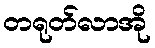
တရုတ်လာအို